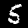
Digit: 5